Annual report of the Civil Veterinary Department, Bengal, for the year 1895-96 - 1895-1896
Year: 1895
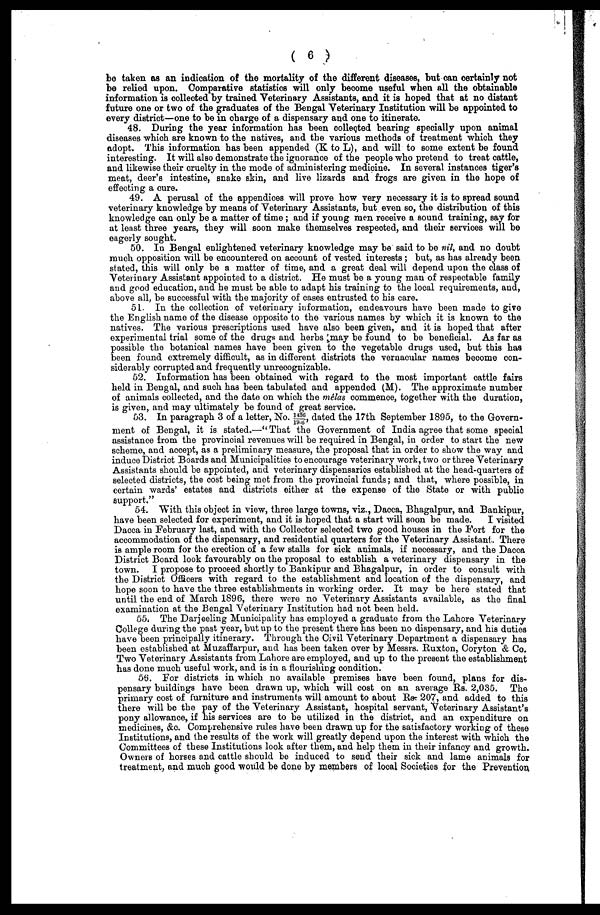
(6)
be taken as an indication of the mortality of the different diseases, but can certainly not
be relied upon. Comparative statistics will only become useful when all the obtainable
information is collected by trained Veterinary Assistants, and it is hoped that at no distant
future one or two of the graduates of the Bengal Veterinary Institution will be appointed to
every district—one to be in charge of a dispensary and one to itinerate.
48. During the year information has been collected bearing specially upon animal
diseases which are known to the natives, and the various methods of treatment which they
adopt. This information has been appended (K to L), and will to some extent be found
interesting It will also demonstrate the ignorance of the people who pretend to treat cattle,
and likewise their cruelty in the mode of administering medicine. In several instances tiger's
meat, deer's intestine, snake skin, and live lizards and frogs are given in the hope of
effecting a cure.
49. A perusal of the appendices will prove how very necessary it is to spread sound
veterinary knowledge by means of Veterinary Assistants, but even so, the distribution of this
knowledge can only be a matter of time ; and if young men receive a sound training, say for
at least three years, they will soon make themselves respected, and their services will be
eagerly sought.
50. In Bengal enlightened veterinary knowledge may be said to be nil, and no doubt
much opposition will be encountered on account of vested interests ; but, as has already been
stated, this will only be a matter of time, and a great deal will depend upon the class of
Veterinary Assistant appointed to a district. He must be a young man of respectable family
and good education, and he must be able to adapt his training to the local requirements, and,
above all, be successful with the majority of cases entrusted to his care.
51. In the collection of veterinary information, endeavours have been made to give
the English name of the disease opposite to the various names by which it is known to the
natives. The various prescriptions used have also been given, and it is hoped that after
experimental trial some of the drugs and herbs 'may be found to be beneficial. As far as
possible the botanical names have been given to the vegetable drugs used, but this has
been found extremely difficult, as in different districts the vernacular names become con-
siderably corrupted and frequently unrecognizable.
52. Information has been obtained with regard to the most important cattle fairs
held in Bengal, and such has been tabulated and appended (M). The approximate number
of animals collected, and the date on which the melas commence, together with the duration,
is given, and may ultimately be found of great service.
53. In paragraph 3 of a letter, No. 1436/19-6 dated the 17th September 1895, to the Govern-
ment of Bengal, it is stated.—"That the Government of India agree that some special
assistance from the provincial revenues will be required in Bengal, in order to start the new
scheme, and accept, as a preliminary measure, the proposal that in order to show the way and
induce District Boards and Municipalities to encourage veterinary work, two or three Veterinary
Assistants should be appointed, and veterinary dispensaries established at the head-quarters of
selected districts, the cost being met from the provincial funds; and that, where possible, in
certain wards' estates and districts either at the expense of the State or with public
support."
54. With this object in view, three large towns, viz., Dacca, Bhagalpur, and Bankipur,
have been selected for experiment, and it is hoped that a start will soon be made.
I visited
Dacca in February last, and with the Collector selected two good houses in the Fort for the
accommodation of the dispensary, and residential quarters for the Veterinary Assistant. There
is ample room for the erection of a few stalls for sick animals, if necessary, and the Dacca
District Board look favourably on the proposal to establish a veterinary dispensary in the
town. I propose to proceed shortly to Bankipur and Bhagalpur, in order to consult with
the District Officers with regard to the establishment and location of the dispensary, and
hope soon to have the three establishments in working order. It may be here stated that
until the end of March 1896, there were no Veterinary Assistants available, as the final
examination at the Bengal Veterinary Institution had not been held.
55. The Darjeeling Municipality has employed a graduate from the Lahore Veterinary
College during the past year, but up to the present there has been no dispensary, and his duties
have been principally itinerary. Through the Civil Veterinary Department a dispensary has
been established at Muzaffarpur, and has been taken over by Messrs. Ruxton, Coryton & Co.
Two Veterinary Assistants from Lahore are employed, and up to the present the establishment
has done much useful work, and is in a flourishing condition.
56. For districts in which no available premises have been found, plans for dis-
pensary buildings have been drawn up, which will cost on an average Rs. 2,035. The
primary cost of furniture and instruments will amount to about Rs. 207, and added to this
there will be the pay of the Veterinary Assistant, hospital servant, Veterinary Assistant's
pony allowance, if his services are to be utilized in the district, and an expenditure on
medicines, &c. Comprehensive rules have been drawn up for the satisfactory working of these
Institutions, and the results of the work will greatly depend upon the interest with which the
Committees of these Institutions look after them, and help them in their infancy and growth.
Owners of horses and cattle should be induced to send their sick and lame animals for
treatment, and much good would be done by members of local Societies for the Prevention